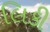
લિકી